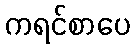
ကရင်စာပေ